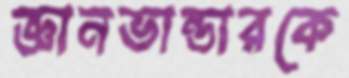
জ্ঞানভান্ডারকে